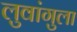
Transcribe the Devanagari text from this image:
लुवांगुला